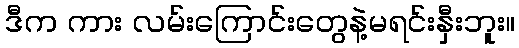
ဒီက ကား လမ်းကြောင်းတွေနဲ့မရင်းနှီးဘူး။